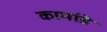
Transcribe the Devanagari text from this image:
कामांडे